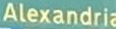
Alexandria